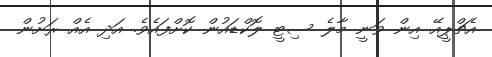
އެޗްޕީއޭ އިން ވަނީ މާލެ ސިޓީ ލޮކްޑައުން ކޮށްފައެވެ. އަދި އެއް ރަށުން